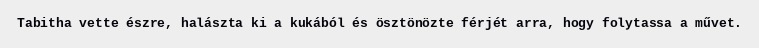
Tabitha vette észre, halászta ki a kukából és ösztönözte férjét arra, hogy folytassa a művet.